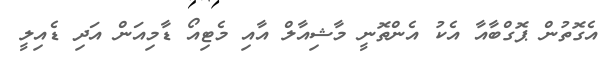
އެގޮތުން ޕޮގްބާއާ އެކު އެންތޮނީ މާޝިއާލް އާއި މެޓިއޯ ޑާމިއަން އަދި ޑެއިލީ